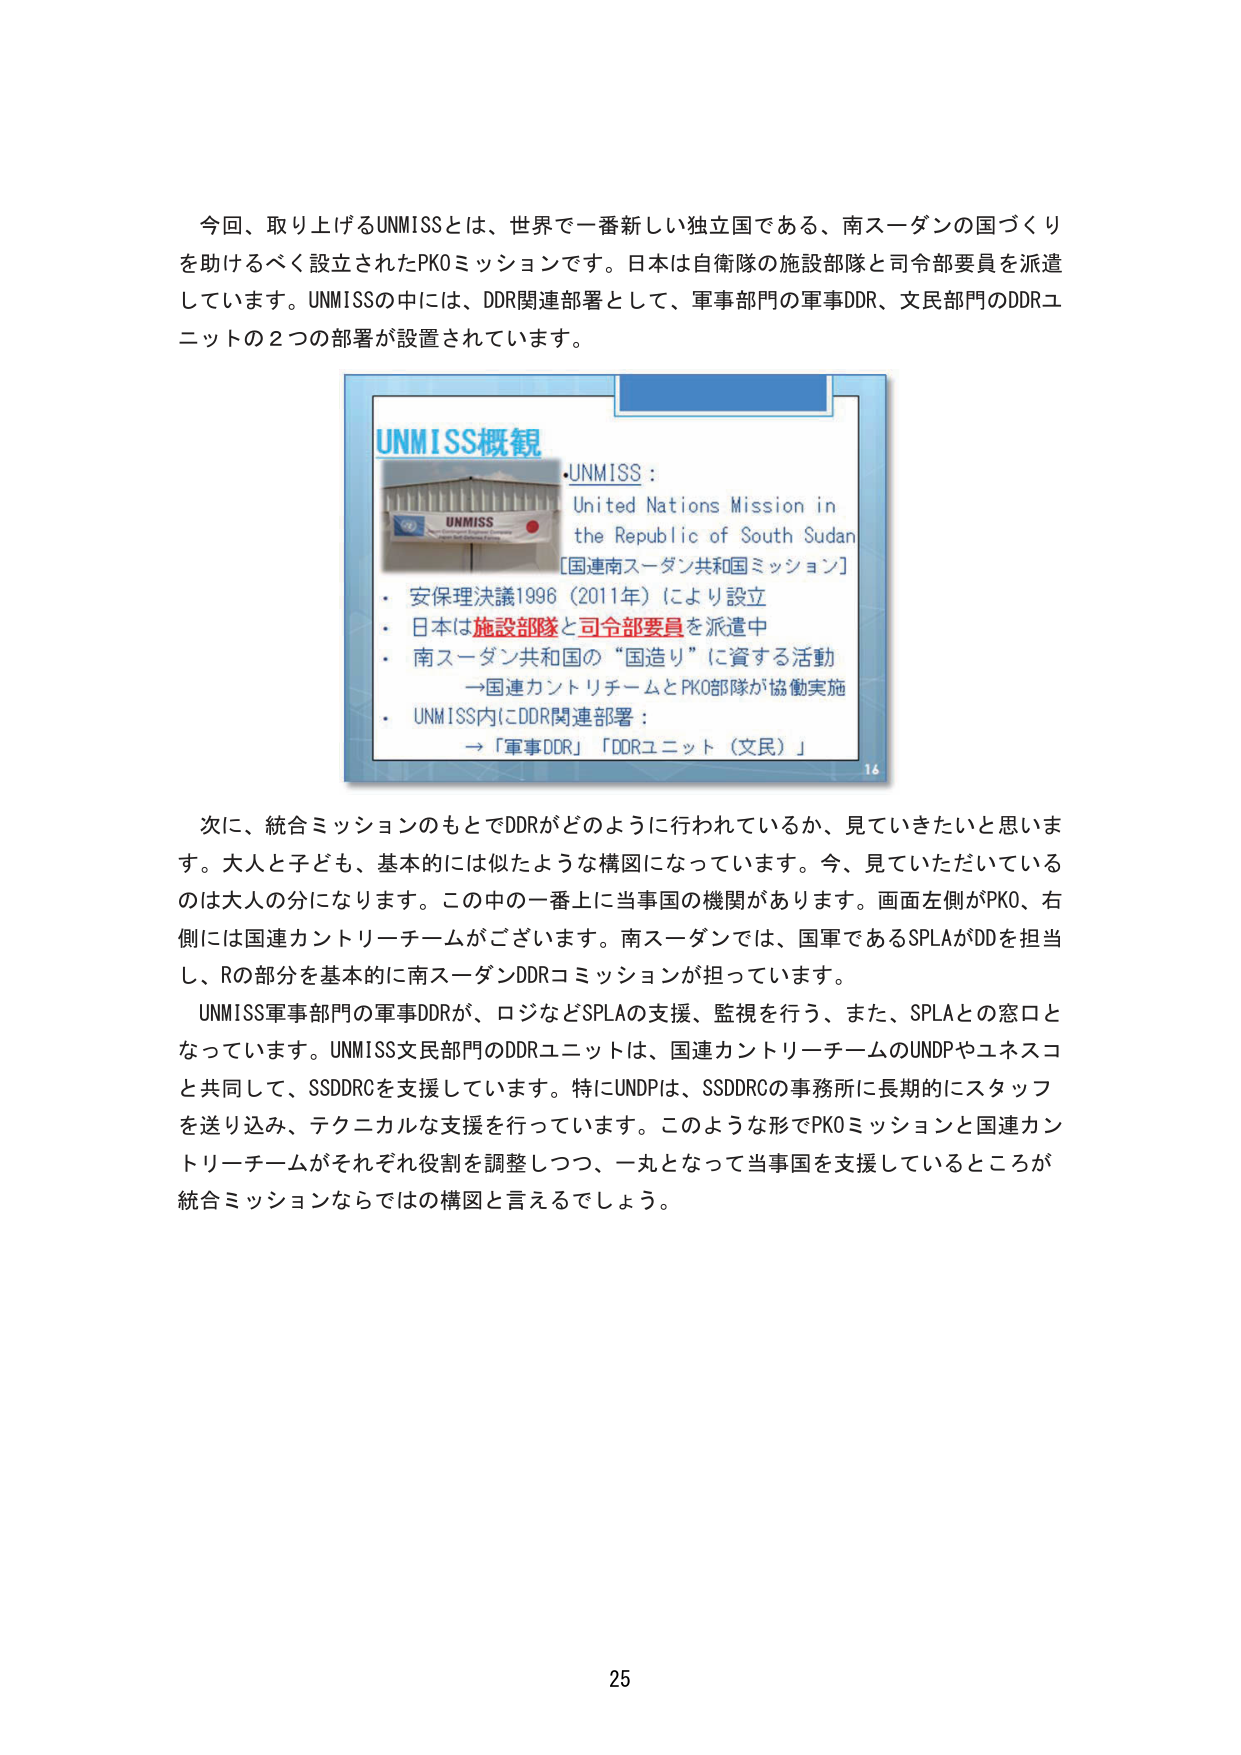
今回、取り上げるUNMISSとは、世界で一番新しい独立国である、南スーダンの国づくりを助けるべく設立されたPKOミッションです。日本は自衛隊の施設部隊と司令部要員を派遣しています。UNMISSの中には、DDR関連部署として、軍事部門の軍事DDR、文民部門のDDRユニットの２つの部署が設置されています。

UNMISS概観
・UNMISS：
United Nations Mission in
the Republic of South Sudan
[国連南スーダン共和国ミッション]
・安保理決議1996（2011年）により設立
・日本は施設部隊と司令部要員を派遣中
・南スーダン共和国の“国造り”に資する活動
→国連カントリーチームとPKO部隊が協働実施
・UNMISS内にDDR関連部署：
→「軍事DDR」「DDRユニット（文民）」

次に、統合ミッションのもとでDDRがどのように行われているか、見ていきたいと思います。大人と子ども、基本的には似たような構図になっています。今、見ていただいているのは大人の分になります。この中の一番上に当事国の機関があります。画面左側がPKO、右側には国連カントリーチームがございます。南スーダンでは、国軍であるSPLAがDDを担当し、Rの部分を基本的に南スーダンDDRコミッションが担っています。
UNMISS軍事部門の軍事DDRが、ロジなどSPLAの支援、監視を行う、また、SPLAとの窓口となっています。UNMISS文民部門のDDRユニットは、国連カントリーチームのUNDPやユネスコと共同して、SSDDRCを支援しています。特にUNDPは、SSDDRCの事務所に長期的にスタッフを送り込み、テクニカルな支援を行っています。このような形でPKOミッションと国連カントリーチームがそれぞれ役割を調整しつつ、一丸となって当事国を支援しているところが統合ミッションならではの構図と言えるでしょう。

25